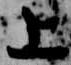
上